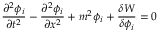
\frac { \partial ^ { 2 } \phi _ { i } } { \partial t ^ { 2 } } - \frac { \partial ^ { 2 } \phi _ { i } } { \partial x ^ { 2 } } + m ^ { 2 } \phi _ { i } + \frac { \delta W } { \delta \phi _ { i } } = 0